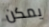
يمكن